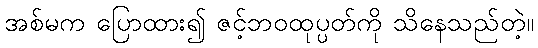
အစ်မက ပြောထား၍ ဇင့်ဘဝထုပ္ပတ်ကို သိနေသည်တဲ့။